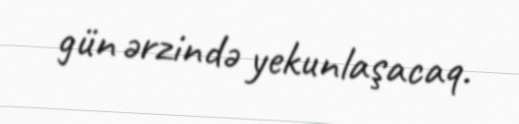
gün ərzində yekunlaşacaq.